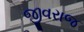
જીવરાજ